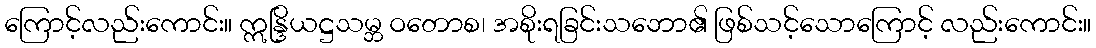
ကြောင့်လည်းကောင်း။ ဣန္ဒြိယဋ္ဌသမ္ဘ ဝတောစ၊ အစိုးရခြင်းသဘော၏ ဖြစ်သင့်သောကြောင့် လည်းကောင်း။